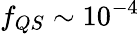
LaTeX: f_{QS}\sim 10^{-4}